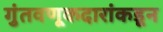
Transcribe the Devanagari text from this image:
गुंतवणूकदारांकडून